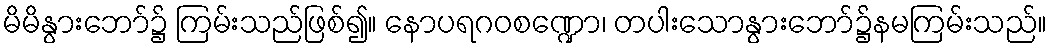
မိမိနွားဘော်၌ ကြမ်းသည်ဖြစ်၍။ နောပရဂဝစဏ္ဍော၊ တပါးသောနွားဘော်၌နမကြမ်းသည်။